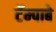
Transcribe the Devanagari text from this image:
टॅम्पाबे